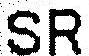
SR